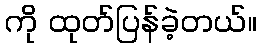
ကို ထုတ်ပြန်ခဲ့တယ်။